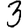
Digit: 3